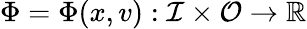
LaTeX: \Phi=\Phi(x,v):\mathcal{I}\times\mathcal{O}\to\mathbb{R}